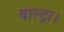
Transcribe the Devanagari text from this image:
बाल्ट्रा।